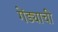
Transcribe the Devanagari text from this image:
गेंड्याची